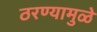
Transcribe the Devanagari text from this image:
ठरण्यामुळे